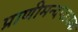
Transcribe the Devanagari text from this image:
प्राणीमन्दप्लवक